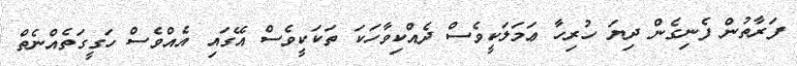
ފަރާތުން ފެނިގެން ދިޔަ ހުރިހާ ޢަމަލަކީވެސް ދެއްކިވާހަކަ ތަކަކީވެސް އޭގައި އެއްވެސް ހަގީގަތެއްނެތް